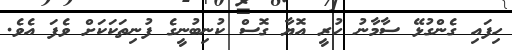
ހިފައި ގެންގުޅޭ ސާމާނު ހުރީ އޮޔާ ގޮސް ކުނިބުނީގެ ފުނިތަކަކަށް ވެފަ އެވެ.